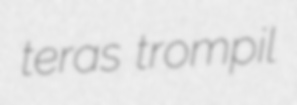
teras trompil